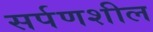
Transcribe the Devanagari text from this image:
सर्पणशील